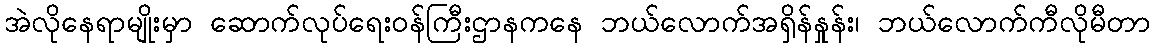
အဲလိုနေရာမျိုးမှာ ဆောက်လုပ်ရေးဝန်ကြီးဌာနကနေ ဘယ်လောက်အရှိန်နှုန်း၊ ဘယ်လောက်ကီလိုမီတာ